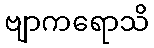
ဗျာကရောသိ